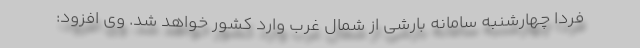
فردا چهارشنبه سامانه بارشی از شمال غرب وارد کشور خواهد شد. وی افزود: